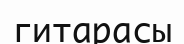
гитарасы